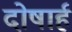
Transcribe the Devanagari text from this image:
दोषार्ह